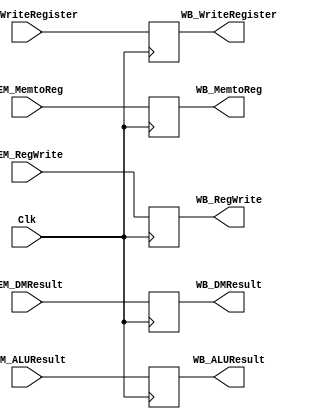
`timescale 1ns / 1ps

module MEMWB_reg(
	/* inputs */ Clk, MEM_DMResult, MEM_ALUResult, MEM_WriteRegister,
				 MEM_MemtoReg, MEM_RegWrite,
	/* outputs */ WB_DMResult, WB_ALUResult, WB_WriteRegister,   
				 WB_MemtoReg, WB_RegWrite
			   );

input Clk;
input wire [31:0] MEM_DMResult, MEM_ALUResult;
input wire [4:0]  MEM_WriteRegister; 
input MEM_MemtoReg, MEM_RegWrite; 

output reg [31:0] WB_DMResult, WB_ALUResult;
output reg [4:0]  WB_WriteRegister;
output reg WB_MemtoReg, WB_RegWrite;

always @(posedge Clk) begin
	WB_DMResult <= MEM_DMResult;
	WB_ALUResult <= MEM_ALUResult;
	WB_WriteRegister <= MEM_WriteRegister;

	WB_MemtoReg <= MEM_MemtoReg;
	WB_RegWrite <= MEM_RegWrite;
end
endmodule